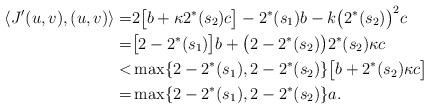
LaTeX: \begin{align*}\langle J'(u,v), (u,v)\rangle=&2\big[b+\kappa 2^*(s_2)c\big]-2^*(s_1)b-k\big(2^*(s_2)\big)^2c\\=&\big[2-2^*(s_1)\big]b+\big(2-2^*(s_2)\big) 2^*(s_2)\kappa c\\<&\max\{2-2^*(s_1),2-2^*(s_2)\}\big[b+ 2^*(s_2)\kappa c\big]\\=&\max\{2-2^*(s_1),2-2^*(s_2)\}a.\end{align*}